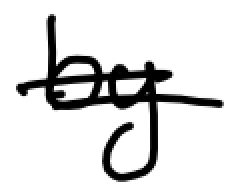
Text: by
Cross-out: double-line
Writing tool: digital_black